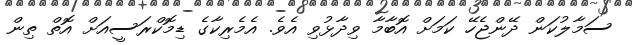
ސަމާލުކަން ދޭންޖެހޭ ކަމަށް އޮބާމާ ވިދާޅުވި އެވެ. އެމެރިކާގެ ޑިމޮކްރަސީއަށް އޮތް ތިން